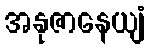
အနုဇာနေယျံ